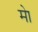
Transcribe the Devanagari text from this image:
मेा